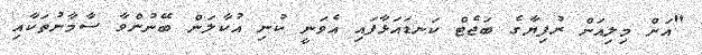
"އަށް މިލިއަން ރުފިޔާގެ ބަޖެޓް ކަނޑައަޅާފައި އެވަނީ ކުނި އުކާލަން ބޭނުންވާ ސާމާނުތަކާއި